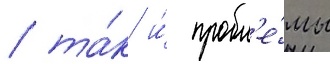
/ та́к и́ пробл'е́мы